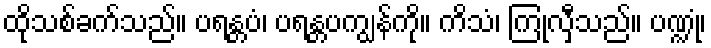
ထိုသစ်ခက်သည်။ ပရန္တပံ၊ ပရန္တပကျွန်ကို။ ကိသံ၊ ကြုံလှီသည်။ ပဏ္ဍုံ၊